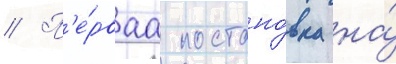
// П'е́рваа постано́вка на́